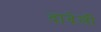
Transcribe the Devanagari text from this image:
दादेली